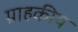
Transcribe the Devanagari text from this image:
ग्राहकीय